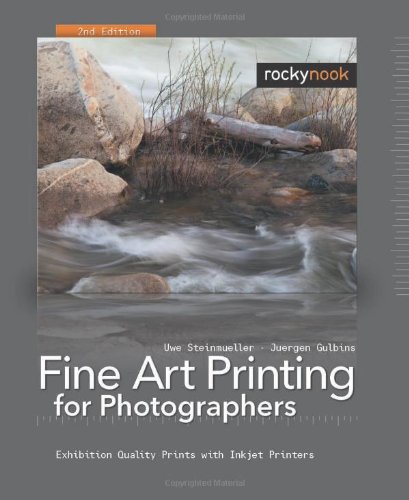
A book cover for Fine Art Printing for Photographers: Exhibition Quality Prints with Inkjet Printers, 2nd Edition; Uwe Steinmueller; Computers & Technology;